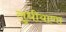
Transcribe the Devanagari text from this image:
लुधीयाणा